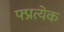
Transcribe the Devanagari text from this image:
फ्प्रत्येक